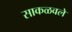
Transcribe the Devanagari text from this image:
साकळवले